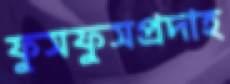
ফুসফুসপ্রদাহ